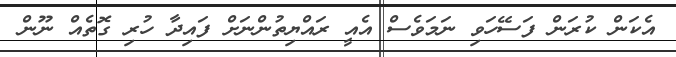
އެކަން ކުރަން ފަސޭހަވި ނަމަވެސް އެއީ ރައްޔިތުންނަށް ފައިދާ ހުރި ގޮތެއް ނޫން